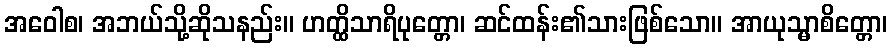
အဝေါစ၊ အဘယ်သို့ဆိုသနည်း။ ဟတ္ထိသာရိပုတ္တော၊ ဆင်ထန်း၏သားဖြစ်သော။ အာယုသ္မာစိတ္တော၊